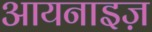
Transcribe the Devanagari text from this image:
आयनाइज़